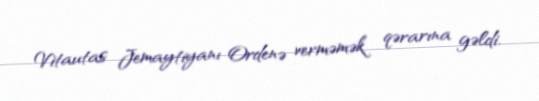
Vitautas Jemaytiyanı Ordenə verməmək qərarına gəldi.